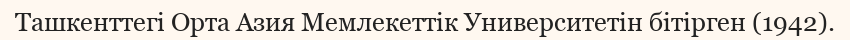
Ташкенттегі Орта Азия Мемлекеттік Университетін бітірген (1942).